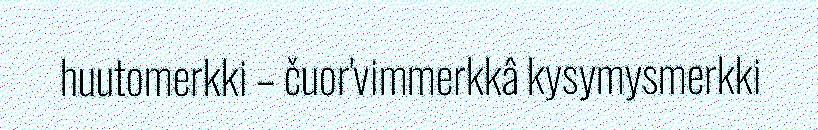
huutomerkki – čuor'vimmerkkâ kysymysmerkki